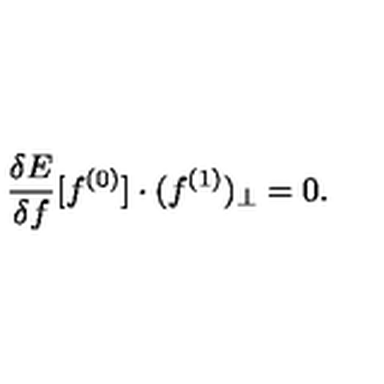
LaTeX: \frac { \delta E } { \delta f } [ f ^ { ( 0 ) } ] \cdot ( f ^ { ( 1 ) } ) _ { \perp } = 0 .